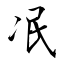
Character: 冺